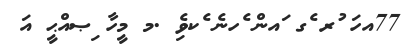
77އހަ ުރ ެގ ައން ެހނެ ެކވެި .މ މީހާ ިޞއްޙީ އަ